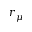
r _ { \mu }